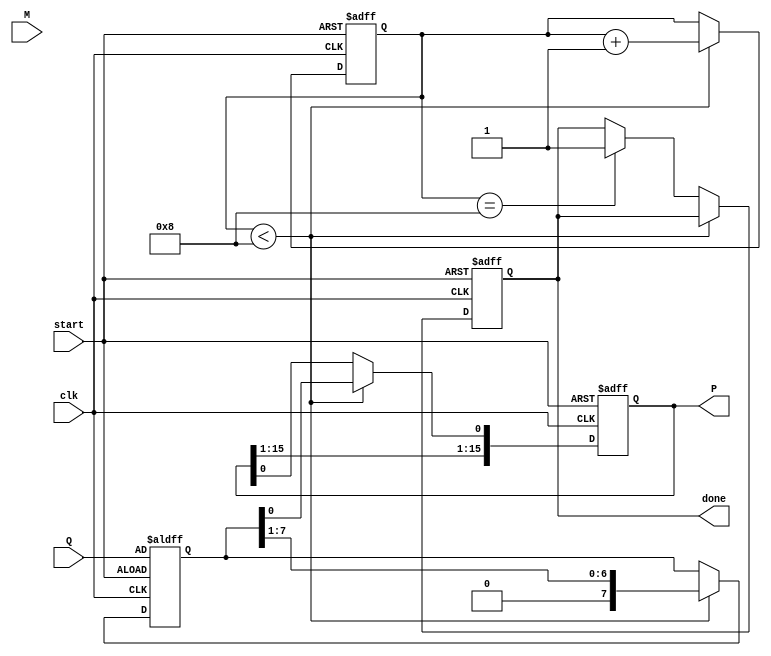
module booth_multiplier #(
    parameter WIDTH = 8  // Width of the input operands
)(
    input signed [WIDTH-1:0] M,      // Multiplicand
    input signed [WIDTH-1:0] Q,      // Multiplier
    input clk,                        // Clock signal
    input start,                      // Start signal
    output reg signed [2*WIDTH-1:0] P,  // Product (output)
    output reg done                   // Done signal
);

    reg [WIDTH-1:0] multiplicand;     // M
    reg [WIDTH-1:0] multiplier;       // Q
    reg [WIDTH-1:0] Q_neg;            // Negated Q
    reg [WIDTH-1:0] Q_1;              // Q-1
    reg [2*WIDTH-1:0] P_temp;         // Temp product
    reg [3:0] count;                  // Counter for the number of bits processed

    // Initialize the registers
    always @(posedge clk or posedge start) begin
        if (start) begin
            P <= 0;
            multiplicand <= M;
            multiplier <= Q;
            Q_1 <= 0;
            count <= 0;
            done <= 0;
        end else if (count < WIDTH) begin
            Q_neg <= ~multiplier + 1; // Calculate -Q for subtraction
            case ({multiplier[0], Q_1})
                2'b00: begin
                    // No operation
                end
                2'b01: begin
                    // Add multiplicand to Product
                    P_temp = P + {multiplicand, {WIDTH{1'b0}}}; // Shift M
                    P <= P_temp;
                end
                2'b10: begin
                    // Subtract multiplicand from Product
                    P_temp = P + {Q_neg, {WIDTH{1'b0}}}; // Shift -M
                    P <= P_temp;
                end
                2'b11: begin
                    // No operation
                end
            endcase

            // Right shift operation of the product P
            {P, Q_1} <= {P[2*WIDTH-1], P[2*WIDTH-2:1], multiplier[0], Q_1};
            multiplier <= {1'b0, multiplier[WIDTH-1:1]}; // Shift Q

            // Increment the count
            count <= count + 1;
        end else if (count == WIDTH) begin
            done <= 1;  // Indicate that the multiplication is complete
        end
    end

endmodule